Vaccination in the Punjab 1883-1896 - 1883-1896
Year: 1883
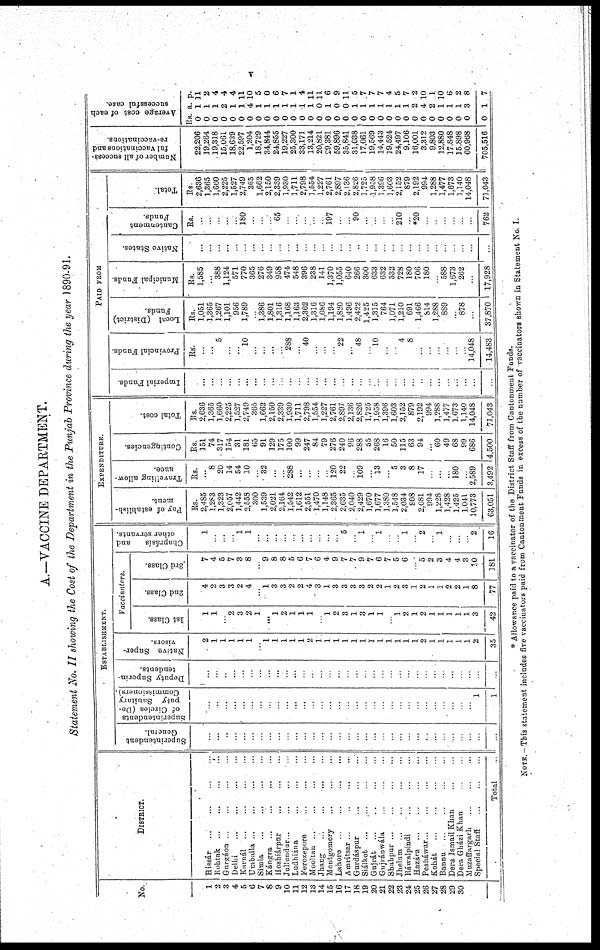
v
A.—VACCINE DEPARTMENT.
Statement No. II showing the Cost of the Department in the Punjab Province during the year 1890-91.
No.
DISTRICT.
ESTABLISHMENT.
Superintendent
General.
Superintendents
of Circles (De-
puty
Sanitary
Commissioners).
Deputy Superin-
tendents.
Native Super-
visors.
Vaccinators.
1st Class.
2nd Class.
3rd Class.
Chaprásís
and
other servants.
1
2
3
4
5
6
7
8
9
10
11
12
13
14
15
16
17
38
19
20
21
22
23
24
25
26
27
28
29
30
Hissár ... ... ... ...
Rohtak ... ... ... ...
Gurgáon ... ... ... ...
Delhi
...
...
...
...
Kainál ... ... ... ...
Umballa ... ... ... ...
Simla
...
...
...
...
Kángra ... ... ... ...
Hoshiárpur ... ... ... ...
Jullundur ... ... ... ...
Ludhiána ... ... ... ...
Ferozepore ... ... ... ...
Mooltan ... ... ... ...
Jhang
...
...
...
...
Montgomery ... ... ... ...
Lahore ... ... ... ...
Amritsar ... ... ... ...
Gurdáspur ... ... ... ...
Siálkot ... ... ... ...
Gujrát ... ... ... ...
Gujránwála ... ... ... ...
Shahpur ... ... ... ...
Jhelum ... ... ... ...
Ráwalpindi ... ... ... ...
Hazára ... ... ... ...
Pesháwar ... ... ... ...
Kohát ... ... ... ...
Bannu ... ... ... ...
Dera Ismail Khan ... ... ... ...
Dera Gházi Khan ... ... ... ...
Muzaffargarh ... ... ... ...
Special Staff ... ... ... ...
Total
...
...
...
...
...
...
...
...
...
...
...
...
...
...
...
...
...
...
...
...
...
...
...
...
...
...
...
...
...
...
...
...
...
...
...
...
...
...
...
...
...
...
...
...
...
...
...
...
...
...
...
...
...
...
...
...
...
...
...
...
...
...
...
...
...
1
1
...
...
...
...
...
...
...
...
...
...
...
...
...
...
...
...
...
...
...
...
...
...
...
...
...
...
...
...
...
...
...
...
...
2
1
1
1
1
1
...
1
1
1
1
1
2
1
1
1
1
1
1
1
1
1
1
1
1
2
1
1
1
1
1
2
35
1
1
...
2
3
2
1
...
1
2
1
1
1
...
1
2
3
1
3
1
1
...
1
2
1
2
1
1
1
1
1
3
42
4
2
3
3
2
4
...
1
3
3
2
2
4
3
1
3
3
3
3
2
2
1
2
3
1
2
1
1
2
2
1
8
77
7
4
5
7
3
8
...
9
8
8
5
6
7
6
4
9
7
7
9
7
6
7
5
6
...
5
2
3
4
4
3
10
181
1
...
...
...
1
1
...
...
...
...
...
...
...
...
...
...
5
...
1
...
1
...
...
1
...
2
...
1
...
...
...
2
16
EXPENDITURE.
Pay of establish-
ment.
Rs.
2,485
1,283
1,323
2,057
1,442
2,558
300
1,539
2,021
2,164
1,542
1,612
2,551
1,470
1,148
2,365
2,635
2,040
2,429
1,670
1,677
1,380
1,548
2,034
808
2,081
994
1,228
1,428
1,425
1,041
10,773
63,051
Travelling allow-
ance.
Rs.
...
8
20
14
54
10
...
32
...
...
288
...
...
...
...
120
22
...
109
...
13
...
5
3
8
17
...
...
...
180
...
2,589
3,492
Contingencies.
Rs.
151
74
317
154
31
181
65
91
129
175
100
99
247
84
79
276
240
96
288
55
268
16
50
115
63
94
...
60
49
68
99
686
4,500
Total cost.
Rs.
2,636
1,365
1,660
2,225
1,527
2,749
365
1,662
2,150
2,339
1,930
1,711
2,798
1,554
1,227
2,761
2,897
2,136
2,826
1,725
1,958
1,396
1,603
2,152
879
2,192
994
1,288
1,477
1,673
1,140
14,048
71,043
PAID FROM
Imperial Funds.
...
...
...
...
...
...
...
...
...
...
...
...
...
...
...
...
...
...
...
...
...
...
...
...
...
...
...
...
...
...
...
...
...
Provincial Funds
Rs.
...
...
5
...
...
10
...
...
...
...
288
...
40
...
...
...
22
...
48
...
10
...
...
4
8
...
...
...
...
...
...
14,048
14,483
Local (District)
Funds.
Rs.
1,051
1,365
1,267
1,101
956
1,789
...
1,386
1,801
1,316
1,168
1,163
2,362
1,316
1,086
1,194
1,820
1,496
2,422
1,425
1,335
764
1,071
1,210
691
1,466
814
1,288
889
...
878
...
37,870
Municipal Funds.
Rs.
1,585
...
388
1,124
571
770
365
276
349
958
474
548
396
238
141
1,370
1,055
640
266
300
633
632
532
728
180
706
180
...
588
1,673
262
...
17,928
Native States.
...
...
...
...
...
...
...
...
...
...
...
...
...
...
...
...
...
...
...
...
...
...
...
...
...
...
...
...
...
...
...
...
...
Cantonment
Funds.
Rs.
...
...
...
...
...
180
...
...
...
65
...
...
...
...
...
197
...
...
90
...
...
...
...
210
...
*20
...
...
...
...
...
...
762
Total.
Rs.
2,636
1,365
1,660
2,225
1,527
2,749
365
1,662
2,150
2,339
1,930
1,711
2,798
1,554
1,227
2,761
2,897
2,136
2,826
1,725
1,958
1,396
3,603
2,152
879
2,192
994
1,288
1,477
1,673
1,140
14,048
71,043
Number of all success-
ful vaccinations and
re-vaccinations.
22,206
19,264
19,318
15,061
18,639
22,597
1,204
18,729
34,844
24,855
19,227
25,300
33,171
13,214
20,821
29,381
59,896
35,841
31,038
17,061
19,569
14,443
19,524
24,497
9,106
16,001
3,312
9,803
12,880
17,848
15,898
60,968
705,516
Average cost of each
successful case.
Rs.
0
0
0
0
0
0
0
0
0
0
0
0
0
0
0
0
0
0
0
0
0
0
0
0
0
0
0
0
0
0
0
0
0
a.
1
1
1
2
1
1
4
1
1
1
1
1
1
1
0
1
0
0
1
1
1
1
1
1
1
2
4
2
1
1
1
3
1
p.
11
2
4
4
4
11
10
5
0
6
7
1
4
11
11
6
9
11
5
7
7
7
4
5
7
2
10
1
10
6
2
8
7
* Allowance paid to a vaccinator of the District Staff from Cantonment Funds.
NOTE.-This statement includes five vaccinators paid from Cantonment Funds in excess of the number of vaccinators shown in Statement No. I.